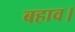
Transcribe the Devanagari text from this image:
बहाव।